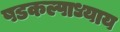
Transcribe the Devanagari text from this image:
षडकल्पाध्याय